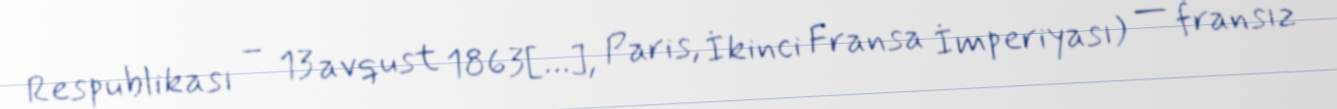
Respublikası – 13 avqust 1863[…], Paris, İkinci Fransa İmperiyası) — fransız